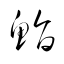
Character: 鮨